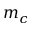
m _ { c }